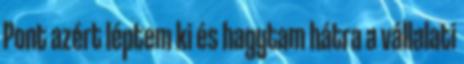
Pont azért léptem ki és hagytam hátra a vállalati